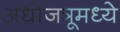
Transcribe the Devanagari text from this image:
अधोजत्रूमध्ये